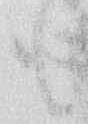
も